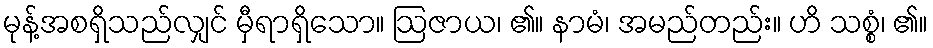
မုန့်အစရှိသည်လျှင် မှီရာရှိသော။ ဩဇာယ၊ ၏။ နာမံ၊ အမည်တည်း။ ဟိ သစ္စံ၊ ၏။